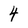
Character: 4